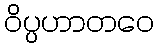
ဝိပ္ပဟာတဝေ